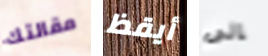
مقالتك أيقظ إلى